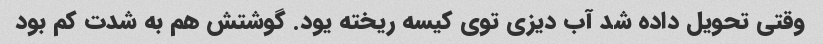
وقتی تحویل داده شد آب دیزی توی کیسه ریخته یود. گوشتش هم به شدت کم بود